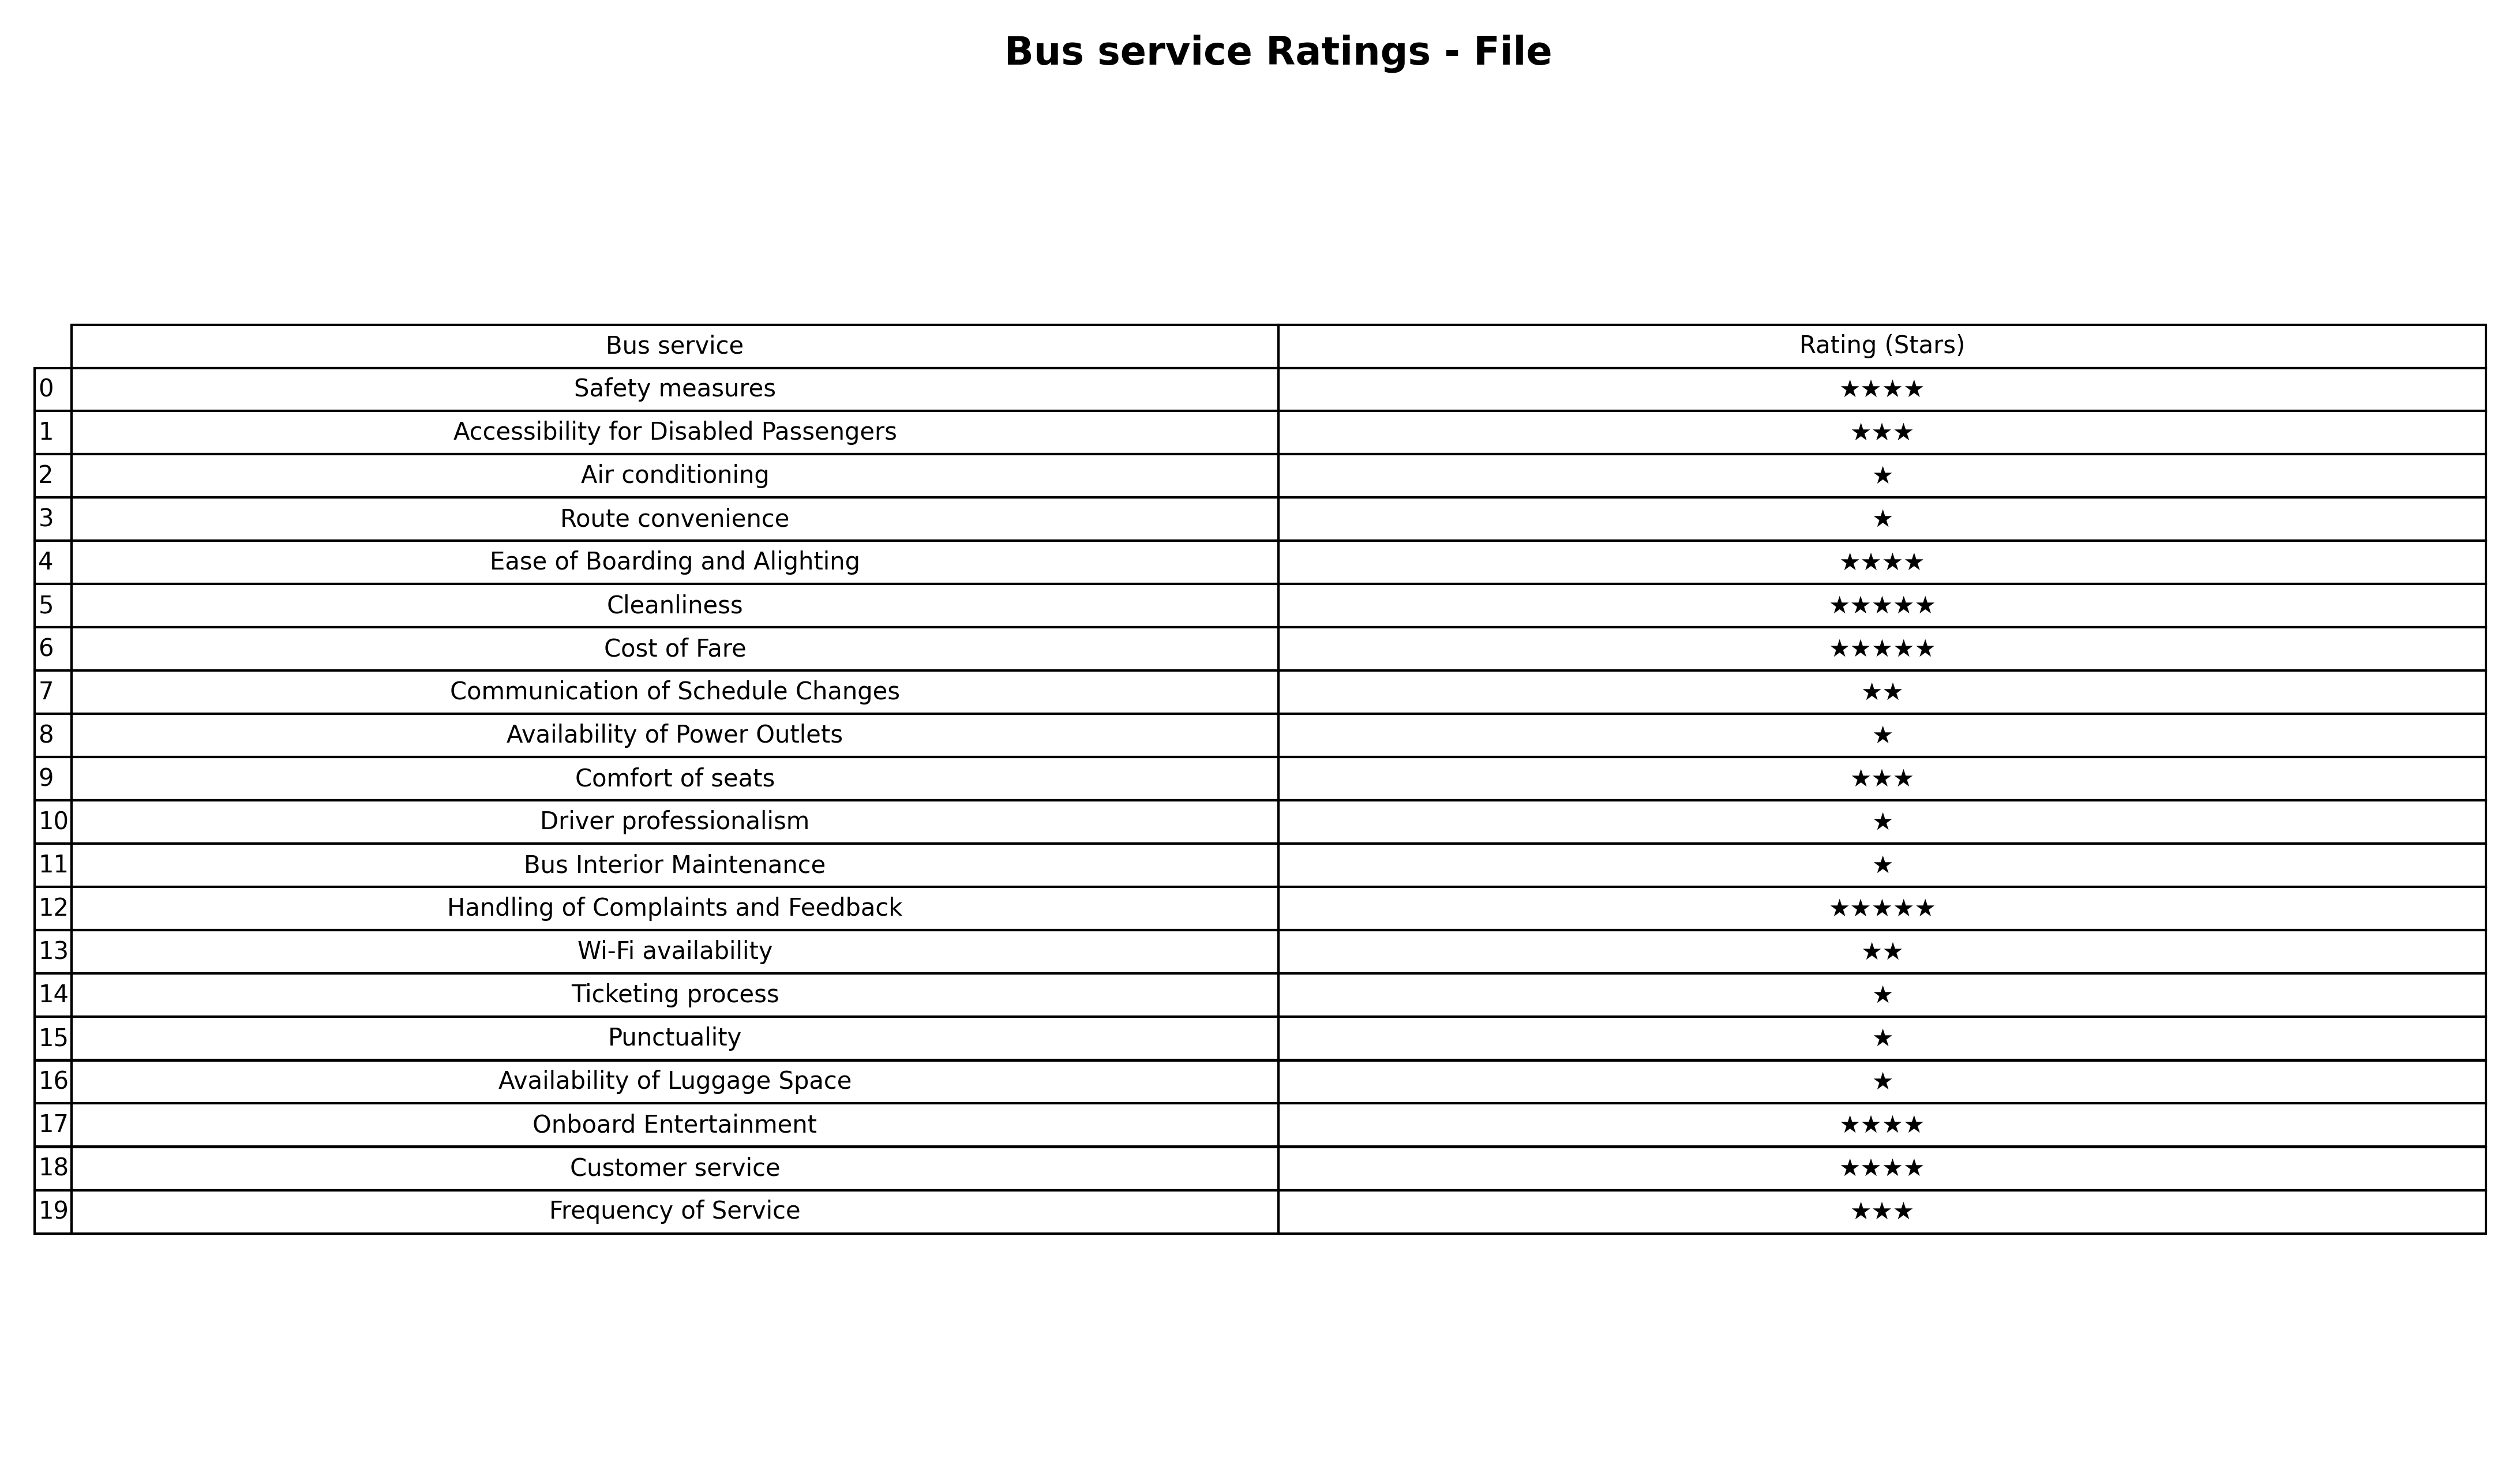
question: What are five star services?
answer: CleanlinessCost of FareHandling of Complaints and Feedback